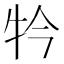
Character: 𤘡